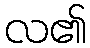
လ၏